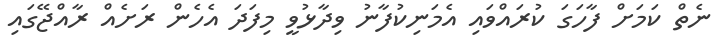
ނެތް ކަމަށް ފާހަގަ ކުރައްވައި އެމަނިކުފާނު ވިދާޅުވީ މިފަދަ އެހެން ރަށެއް ރާއްޖޭގައި